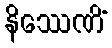
နိဿေဏိံ